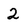
Character: 2